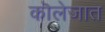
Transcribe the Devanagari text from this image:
कॊलेजात